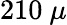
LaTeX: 210~\mu